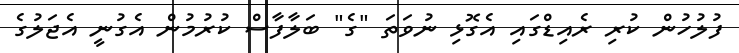
ފުލުހުން ކުރި ރެއިޑްގައި އެގޮޅި ނުވަތަ "ގެ" ބަލާފާސް ކުރުމުން އެގުނީ އެޖަލުގެ